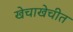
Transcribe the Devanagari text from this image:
खेचाखेचीत